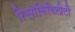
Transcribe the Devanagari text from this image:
रिस्पांसिबिलीटी